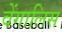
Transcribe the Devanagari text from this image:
वेंगालिस